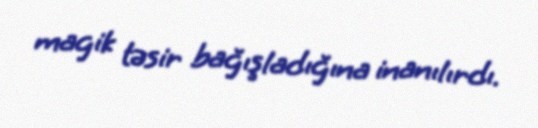
magik təsir bağışladığına inanılırdı.